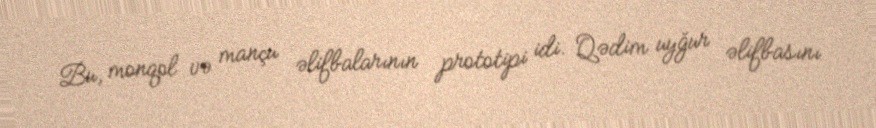
Bu, monqol və mançu əlifbalarının prototipi idi. Qədim uyğur əlifbasını